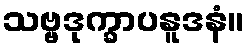
သဗ္ဗဒုက္ခာပနူဒနံ။